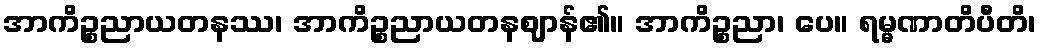
အာကိဉ္စညာယတနဿ၊ အာကိဉ္စညာယတနဈာန်၏။ အာကိဉ္စညာ၊ ပေ။ ရမ္မဏာတိပီတိ၊